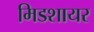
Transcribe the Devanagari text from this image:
मिडशायर